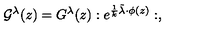
{ \cal G } ^ { \lambda } ( z ) = { G } ^ { \lambda } ( z ) : e ^ { \frac 1 { k } \tilde { \lambda } \cdot \phi ( z ) } : ,